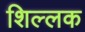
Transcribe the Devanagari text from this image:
शिल्‍लक